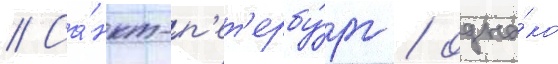
// Са́нкт-п'ет'ербу́рг / одна́ко